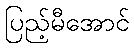
ပြည့်မီအောင်